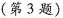
(第3题)